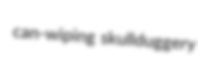
can-wiping skullduggery